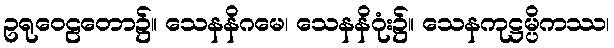
ဥရုဝေဠတော၌။ သေနနိဂမေ၊ သေနနိဂုံး၌။ သေနကုဋ္ဌမ္ပိကဿ၊